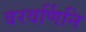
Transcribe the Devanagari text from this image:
वरवर्णिनि